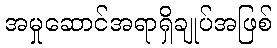
အမှုဆောင်အရာရှိချုပ်အဖြစ်